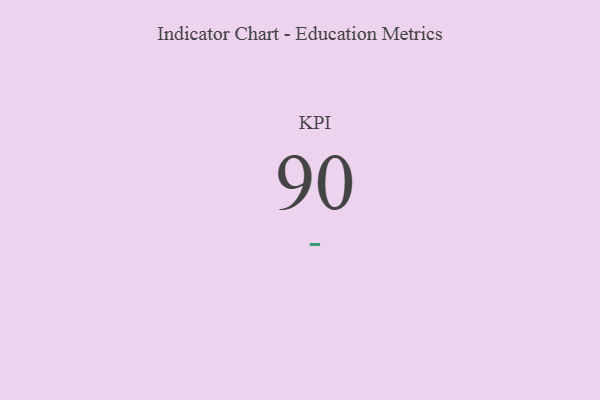
{"axis": {"x": "KPI", "y": "Value"}, "legend": [""], "data": [{"x": "KPI", "y": 90, "type": ""}]}